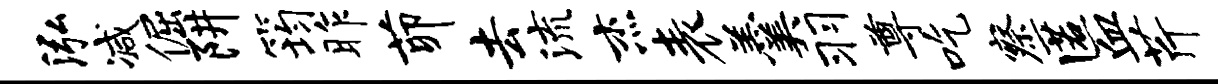
泓减倔阱筠昨茆去流杰表羹羽尊吃察匿血芹